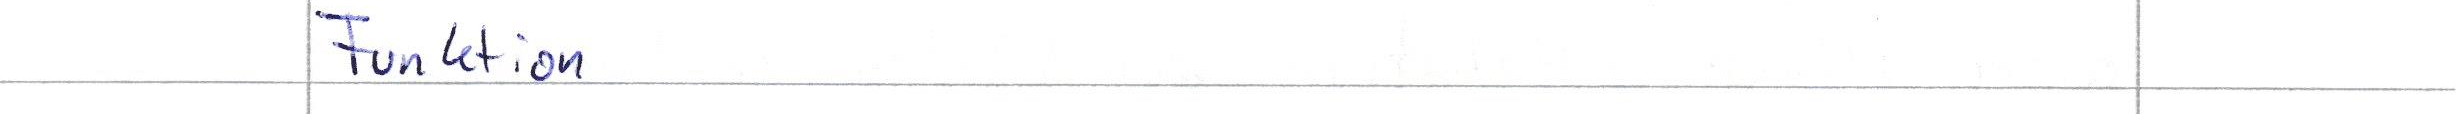
Funktion